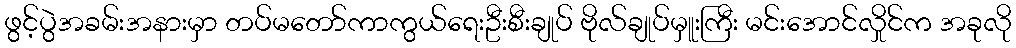
ဖွင့်ပွဲအခမ်းအနားမှာ တပ်မတော်ကာကွယ်ရေးဦးစီးချုပ် ဗိုလ်ချုပ်မှူးကြီး မင်းအောင်လှိုင်က အခုလို